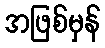
အဖြစ်မှန်